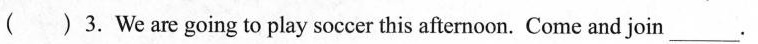
( )3.We are going to play soccer this afternoon. Come and join ___